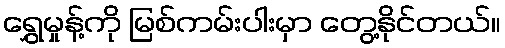
ရွှေမှုန့်ကို မြစ်ကမ်းပါးမှာ တွေ့နိုင်တယ်။